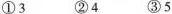
①3 ②4 ③5